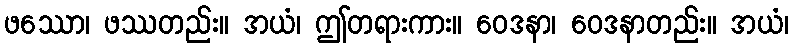
ဖဿော၊ ဖဿတည်း။ အယံ၊ ဤတရားကား။ ဝေဒနာ၊ ဝေဒနာတည်း။ အယံ၊